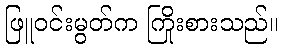
ဖြူဝင်းမွတ်က ကြိုးစားသည်။